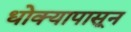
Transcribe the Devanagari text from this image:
धोक्यापासून